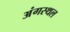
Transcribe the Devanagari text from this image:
अंगस्थल